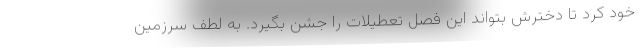
خود کرد تا دخترش بتواند این فصل تعطیلات را جشن بگیرد. به لطف سرزمین